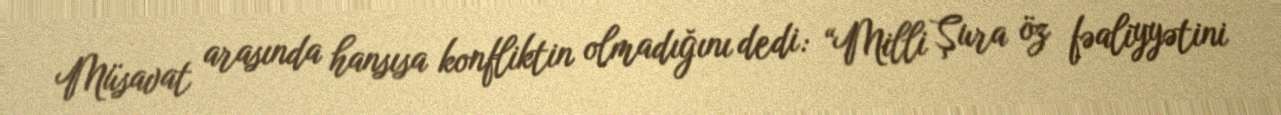
Müsavat arasında hansısa konfliktin olmadığını dedi: “Milli Şura öz fəaliyyətini